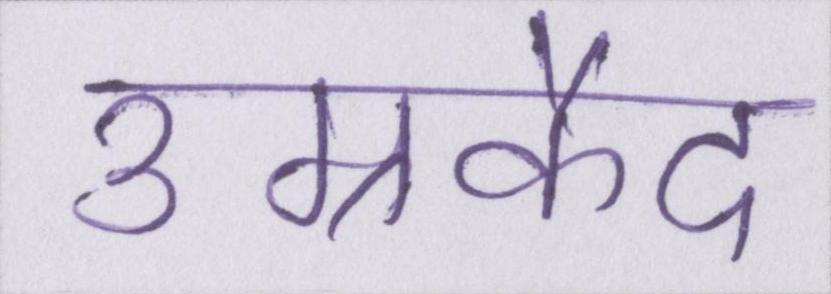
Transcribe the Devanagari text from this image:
उम्रकैद